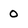
Character: 0